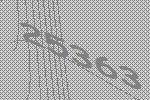
25363